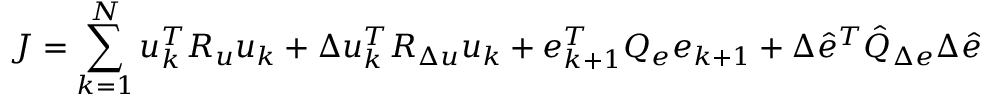
J = \sum _ { k = 1 } ^ { N } u _ { k } ^ { T } R _ { u } u _ { k } + \Delta u _ { k } ^ { T } R _ { \Delta u } u _ { k } + e _ { k + 1 } ^ { T } Q _ { e } e _ { k + 1 } + \Delta \hat { e } ^ { T } \hat { Q } _ { \Delta e } \Delta \hat { e }